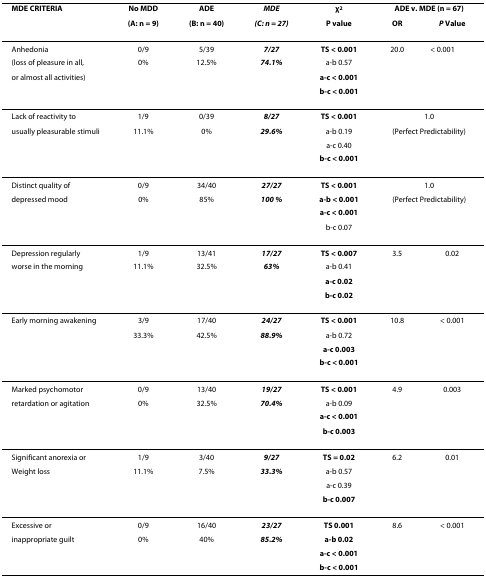
<table><thead><tr><td><b>MDE CRITERIA</b></td><td><b>No MDD</b></td><td><b>ADE</b></td><td><b><i>MDE</i></b></td><td><b>χ<sup>2</sup></b></td><td colspan="2"><b>ADE v. MDE (n = 67)</b></td></tr><tr><td></td><td><b>(A: n = 9)</b></td><td><b>(B: n = 40)</b></td><td><b><i>(C: n = 27)</i></b></td><td><b>P value</b></td><td><b>OR</b></td><td><b><i>P </i>Value</b></td></tr></thead><tbody><tr><td>Anhedonia</td><td>0/9</td><td>5/39</td><td><b><i>7/27 </i></b></td><td><b>TS &lt; 0.001</b></td><td>20.0</td><td>&lt; 0.001</td></tr><tr><td>(loss of pleasure in all,</td><td>0%</td><td>12.5%</td><td><b><i>74.1%</i></b></td><td>a-b 0.57</td><td></td><td></td></tr><tr><td>or almost all activities)</td><td></td><td></td><td></td><td><b>a-c &lt; 0.001</b></td><td></td><td></td></tr><tr><td></td><td></td><td></td><td></td><td><b>b-c &lt; 0.001</b></td><td></td><td></td></tr><tr><td>Lack of reactivity to</td><td>1/9</td><td>0/39</td><td><b><i>8/27</i></b></td><td><b>TS &lt; 0.001</b></td><td colspan="2">1.0</td></tr><tr><td>usually pleasurable stimuli</td><td>11.1%</td><td>0%</td><td><b><i>29.6%</i></b></td><td>a-b 0.19</td><td colspan="2">(Perfect Predictability)</td></tr><tr><td></td><td></td><td></td><td></td><td>a-c 0.40</td><td></td><td></td></tr><tr><td></td><td></td><td></td><td></td><td><b>b-c &lt; 0.001</b></td><td></td><td></td></tr><tr><td>Distinct quality of</td><td>0/9</td><td>34/40</td><td><b><i>27/27</i></b></td><td><b>TS &lt; 0.001</b></td><td colspan="2">1.0</td></tr><tr><td>depressed mood</td><td>0%</td><td>85%</td><td><b><i>100 %</i></b></td><td><b>a-b &lt; 0.001</b></td><td colspan="2">(Perfect Predictability)</td></tr><tr><td></td><td></td><td></td><td></td><td><b>a-c &lt; 0.001</b></td><td></td><td></td></tr><tr><td></td><td></td><td></td><td></td><td>b-c 0.07</td><td></td><td></td></tr><tr><td>Depression regularly</td><td>1/9</td><td>13/41</td><td><b><i>17/27</i></b></td><td><b>TS &lt; 0.007</b></td><td>3.5</td><td>0.02</td></tr><tr><td>worse in the morning</td><td>11.1%</td><td>32.5%</td><td><b><i>63%</i></b></td><td>a-b 0.41</td><td></td><td></td></tr><tr><td></td><td></td><td></td><td></td><td><b>a-c 0.02</b></td><td></td><td></td></tr><tr><td></td><td></td><td></td><td></td><td><b>b-c 0.02</b></td><td></td><td></td></tr><tr><td>Early morning awakening</td><td>3/9</td><td>17/40</td><td><b><i>24/27</i></b></td><td><b>TS &lt; 0.001</b></td><td>10.8</td><td>&lt; 0.001</td></tr><tr><td></td><td>33.3%</td><td>42.5%</td><td><b><i>88.9%</i></b></td><td>a-b 0.72</td><td></td><td></td></tr><tr><td></td><td></td><td></td><td></td><td><b>a-c 0.003</b></td><td></td><td></td></tr><tr><td></td><td></td><td></td><td></td><td><b>b-c &lt; 0.001</b></td><td></td><td></td></tr><tr><td>Marked psychomotor</td><td>0/9</td><td>13/40</td><td><b><i>19/27</i></b></td><td><b>TS &lt; 0.001</b></td><td>4.9</td><td>0.003</td></tr><tr><td>retardation or agitation</td><td>0%</td><td>32.5%</td><td><b><i>70.4%</i></b></td><td>a-b 0.09</td><td></td><td></td></tr><tr><td></td><td></td><td></td><td></td><td><b>a-c &lt; 0.001</b></td><td></td><td></td></tr><tr><td></td><td></td><td></td><td></td><td><b>b-c 0.003</b></td><td></td><td></td></tr><tr><td>Significant anorexia or</td><td>1/9</td><td>3/40</td><td><b><i>9/27</i></b></td><td><b>TS = 0.02</b></td><td>6.2</td><td>0.01</td></tr><tr><td>Weight loss</td><td>11.1%</td><td>7.5%</td><td><b><i>33.3%</i></b></td><td>a-b 0.57</td><td></td><td></td></tr><tr><td></td><td></td><td></td><td></td><td>a-c 0.39</td><td></td><td></td></tr><tr><td></td><td></td><td></td><td></td><td><b>b-c 0.007</b></td><td></td><td></td></tr><tr><td>Excessive or</td><td>0/9</td><td>16/40</td><td><b><i>23/27</i></b></td><td><b>TS 0.001</b></td><td>8.6</td><td>&lt; 0.001</td></tr><tr><td>inappropriate guilt</td><td>0%</td><td>40%</td><td><b><i>85.2%</i></b></td><td><b>a-b 0.02</b></td><td></td><td></td></tr><tr><td></td><td></td><td></td><td></td><td><b>a-c &lt; 0.001</b></td><td></td><td></td></tr><tr><td></td><td></td><td></td><td></td><td><b>b-c &lt; 0.001</b></td><td></td><td></td></tr></tbody></table>